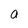
Character: n